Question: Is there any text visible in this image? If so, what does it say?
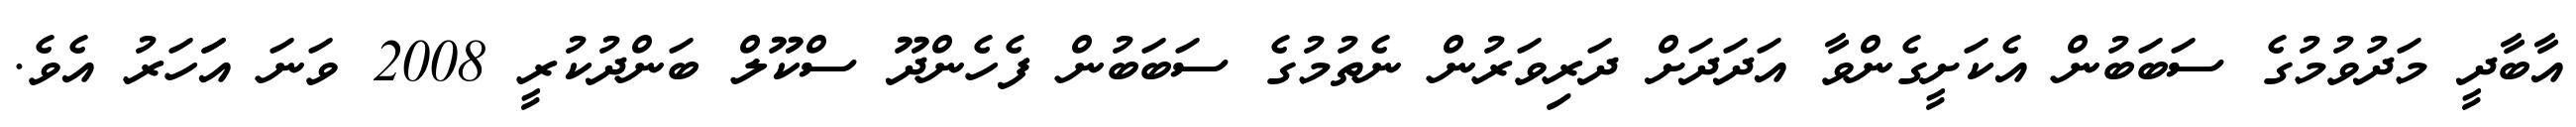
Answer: އާބާދީ މަދުވުމުގެ ސަބަބުން އެކަށީގެންވާ އަދަދަށް ދަރިވަރުން ނެތުމުގެ ސަބަބުން ފެހެންދޫ ސްކޫލް ބަންދުކުރީ 2008 ވަނަ އަަހަރު އެވެ.